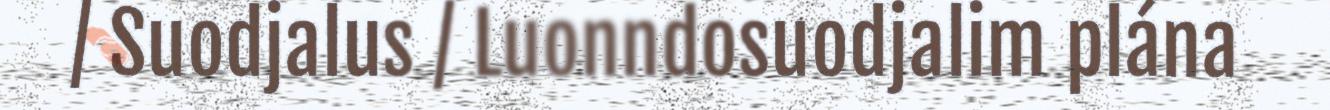
/ Suodjalus / Luonndosuodjalim plána